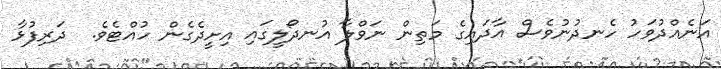
އަނެއްދުވަހު ހެނދުނުވެސް އާދައިގެ މަތިން ނަވްލާ އުނދޯލީގައި އިށީދެގެން ހުއްޓެވެ.  ދަރިފުޅާ